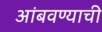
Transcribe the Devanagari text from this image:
आंबवण्याची